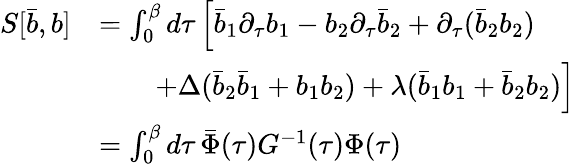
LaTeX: \begin{array}{rl}{S[\bar{b},b]}&{=\int_{0}^{\beta}d\tau\, \Big[\bar{b}_{1}\partial_{\tau}b_{1}-b_{2}\partial_{\tau}\bar{b}_{2}+{\partial_{\tau}(\bar{b}_{2}b_{2})}}\\ &{\qquad+\Delta(\bar{b}_{2}\bar{b}_{1}+b_{1}b_{2})+\lambda(\bar{b}_{1}b_{1}+\bar{b}_{2}b_{2})\Big]}\\ &{=\int_{0}^{\beta}d\tau\, \bar{\Phi}(\tau)G^{-1}(\tau)\Phi(\tau)}\end{array}